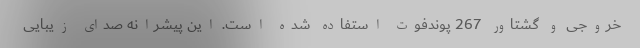
خروجی و گشتاور 267 پوندفوت استفاده شده است. این پیشرانه صدای زیبایی